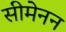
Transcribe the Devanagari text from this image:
सीमेनन